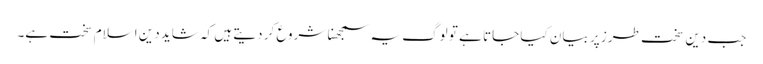
جب دین سخت طرز پر بیان کیا جاتا ہے تو لوگ یہ سمجھنا شروع کر دیتے ہیں کہ شاید دین اسلام سخت ہے۔